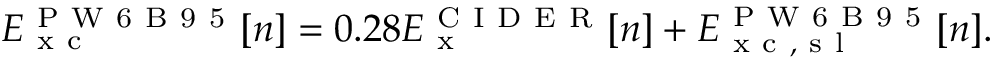
E _ { \mathrm { ~ x ~ c ~ } } ^ { \mathrm { ~ P ~ W ~ 6 ~ B ~ 9 ~ 5 ~ } } [ n ] = 0 . 2 8 E _ { \mathrm { ~ x ~ } } ^ { \mathrm { ~ C ~ I ~ D ~ E ~ R ~ } } [ n ] + E _ { \mathrm { ~ x ~ c ~ , ~ s ~ l ~ } } ^ { \mathrm { ~ P ~ W ~ 6 ~ B ~ 9 ~ 5 ~ } } [ n ] .